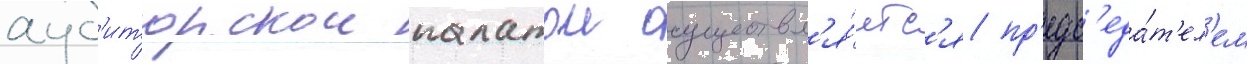
ауд'иторскои палатои осуществл'я́етс'я пр'едс'еда́т'ел'ем